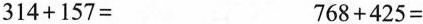
$$3 1 4 + 1 5 7 =$$ $$7 6 8 + 4 2 5 =$$